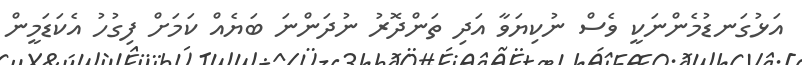
އަޅުގަނޑުމެންނަކީ ވެސް ނުކިޔަވާ އަދި ތަންދޮރު ނުދަންނަ ބަޔެއް ކަމަށް ފިގުހު އެކަޑަމީން